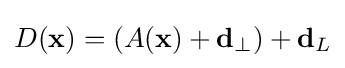
D(\mathbf {x} )=(A(\mathbf {x} )+\mathbf {d} _{\perp })+\mathbf {d} _{L}